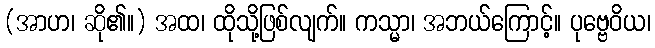
(အာဟ၊ ဆို၏။) အထ၊ ထိုသို့ဖြစ်လျက်။ ကသ္မာ၊ အဘယ်ကြောင့်။ ပုဗ္ဗေဝိယ၊